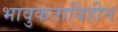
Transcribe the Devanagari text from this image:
भावुकताविहीन